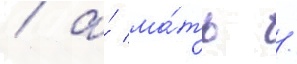
/ а́ ма́ть /